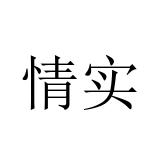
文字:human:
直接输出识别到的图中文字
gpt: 情实